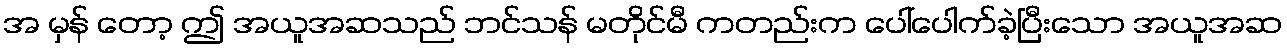
အ မှန် တော့ ဤ အယူအဆသည် ဘင်သန် မတိုင်မီ ကတည်းက ပေါ်ပေါက်ခဲ့ပြီးသော အယူအဆ